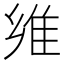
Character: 𱁈